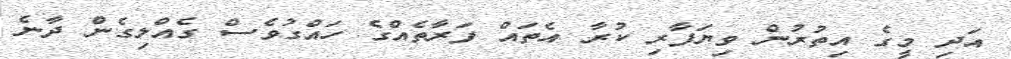
އަދި މީގެ އިތުރުން ވިޔަފާރި ކުރާ އެތައް ފަރާތެއްގެ ހައްގުވެސް ގެއްލިގެން ދާނެ